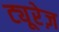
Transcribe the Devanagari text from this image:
ट्यूरेज़